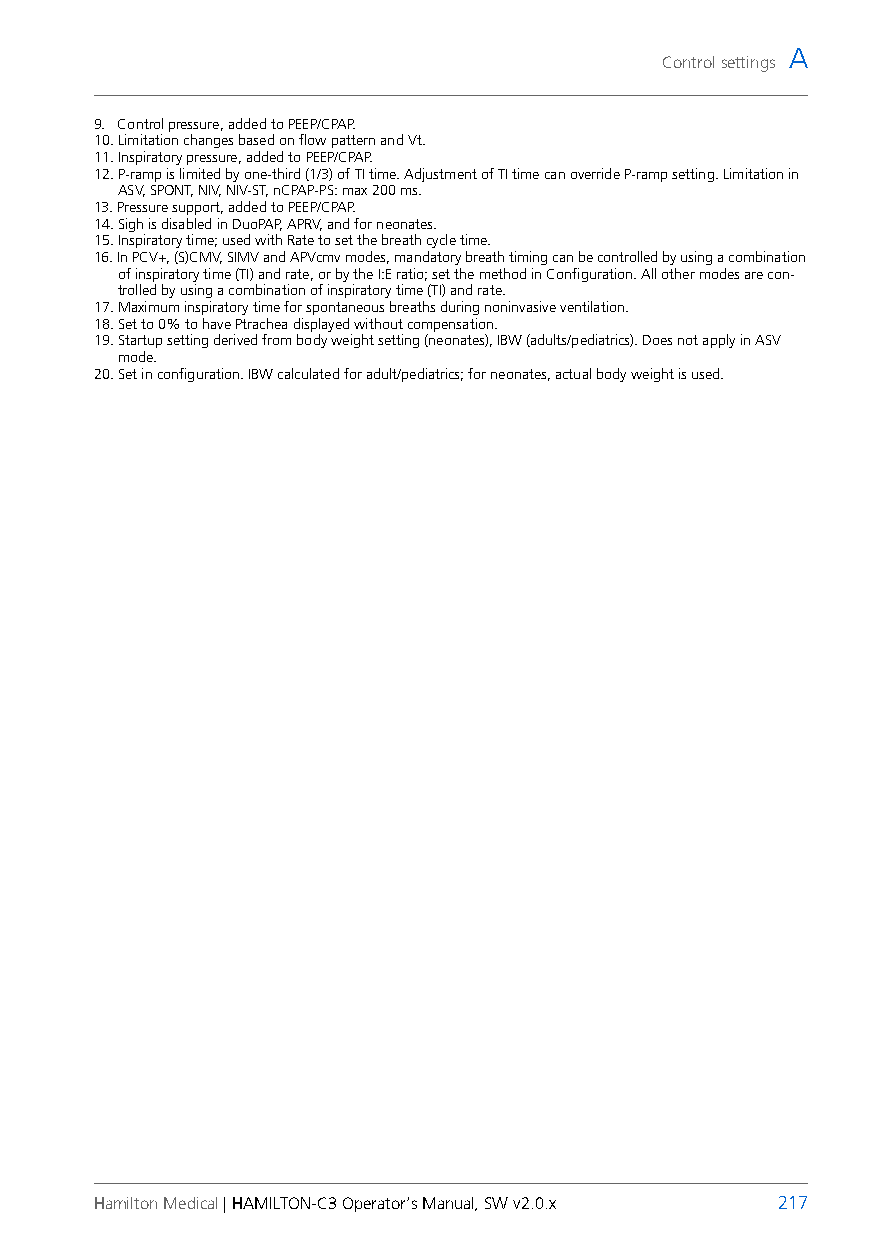
A
 Control settings
 9. Control pressure, added to PEEP/CPAP.
 10.Limitation changes based on flow pattern and Vt.
 11.Inspiratory pressure, added to PEEP/CPAP.
 12.P-ramp is limited by one-third (1/3) of TI time. Adjustment of TI time can override P-ramp setting. Limitation in
 ASV, SPONT, NIV, NIV-ST, nCPAP-PS: max 200 ms.
 13.Pressure support, added to PEEP/CPAP.
 14.Sigh is disabled in DuoPAP, APRV, and for neonates.
 15.Inspiratory time; used with Rate to set the breath cycle time.
 16.In PCV+, (S)CMV, SIMV and APVcmv modes, mandatory breath timing can be controlled by using a combination
 of inspiratory time (TI) and rate, or by the I:E ratio; set the method in Configuration. All other modes are con-
 trolled by using a combination of inspiratory time (TI) and rate.
 17.Maximum inspiratory time for spontaneous breaths during noninvasive ventilation.
 18.Set to 0% to have Ptrachea displayed without compensation.
 19.Startup setting derived from body weight setting (neonates), IBW (adults/pediatrics). Does not apply in ASV
 mode.
 20.Set in configuration. IBW calculated for adult/pediatrics; for neonates, actual body weight is used.
 Hamilton Medical | HAMILTON-C3 Operator’s Manual, SW v2.0.x 217